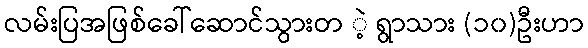
လမ်းပြအဖြစ်ခေါ်ဆောင်သွားတ ဲ့ ရွာသား (၁၀)ဦးဟာ